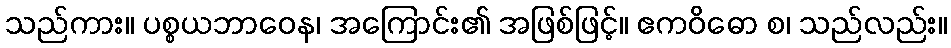
သည်ကား။ ပစ္စယဘာဝေန၊ အကြောင်း၏ အဖြစ်ဖြင့်။ ဧကဝိဓော စ၊ သည်လည်း။